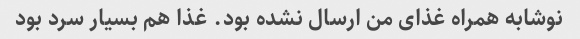
نوشابه همراه غذای من ارسال نشده بود. غذا هم بسیار سرد بود